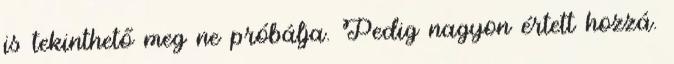
is tekinthető meg ne próbálja. Pedig nagyon értett hozzá.